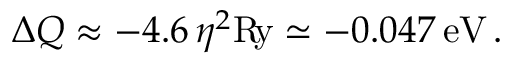
\Delta Q \approx - 4 . 6 \, \eta ^ { 2 } \mathrm { R \! y } \simeq - 0 . 0 4 7 \, \mathrm { e V } \, .